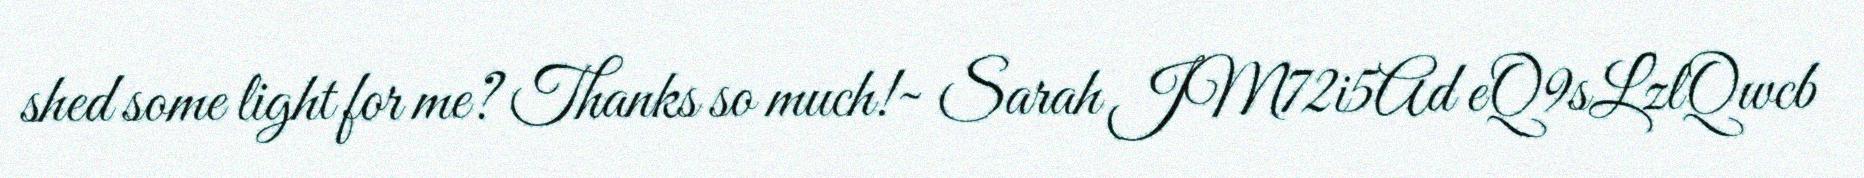
shed some light for me? Thanks so much!~ Sarah JM72i5Ad eQ9sLzlQwcb